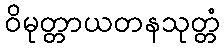
ဝိမုတ္တာယတနသုတ္တံ